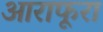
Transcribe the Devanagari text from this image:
आराफूरा